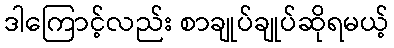
ဒါကြောင့်လည်း စာချုပ်ချုပ်ဆိုရမယ့်